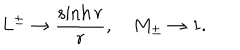
L ^ { \pm } \rightarrow \frac { \sinh { r } } { r } , \quad M _ { \pm } \rightarrow 1 .